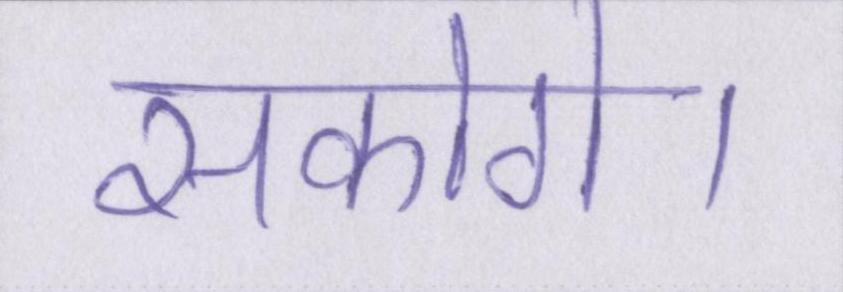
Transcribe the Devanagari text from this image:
सकोगे।